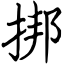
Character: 挷